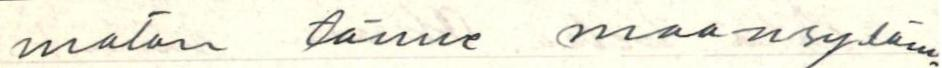
maton tänne maansydäm-